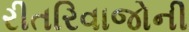
રીતરિવાજોની